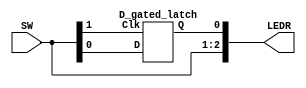
module Lab3(

	input [1:0] SW,
	output [2:0] LEDR);
	
	assign LEDR[2] = SW[1];	//clock
	assign LEDR[1] = SW[0];	//D input
	
	// Instantiate D-Latch Module
	D_gated_latch dl0 (.D(SW[0]),.Clk(SW[1]),.Q(LEDR[0]));
	


endmodule






module D_gated_latch (Clk, D, Q);
	input Clk,D;
	output Q;
	wire R_g, S_g, Qa, Qb,S,R; /* synthesis keep */ 
	
	//synthesis keep means the elements are to be kept intact 
	//throughout the synthesis process, not removed
	//during optimization
	
	
	assign S = D;
	assign R = ~D;
	
	nand(R_g,R,Clk);
	nand(S_g,S,Clk);
	nand(Qa,R_g,Qb);
	nand(Qb,S_g,Qa);
	
	assign Q = Qa;


endmodule